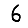
Digit: 6